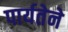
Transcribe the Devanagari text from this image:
पार्यतेने